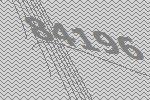
84196